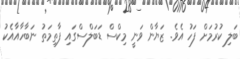
ބަލި ކުރުމަށް ފަހު އެވެ. ޒަޔާން ވަނީ މިކްސް ޑަބަލްސްގައި ފާތިމަތު ނަބާހާއާއެކު